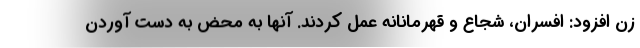
زن افزود: افسران، شجاع و قهرمانانه عمل کردند. آنها به محض به دست آوردن